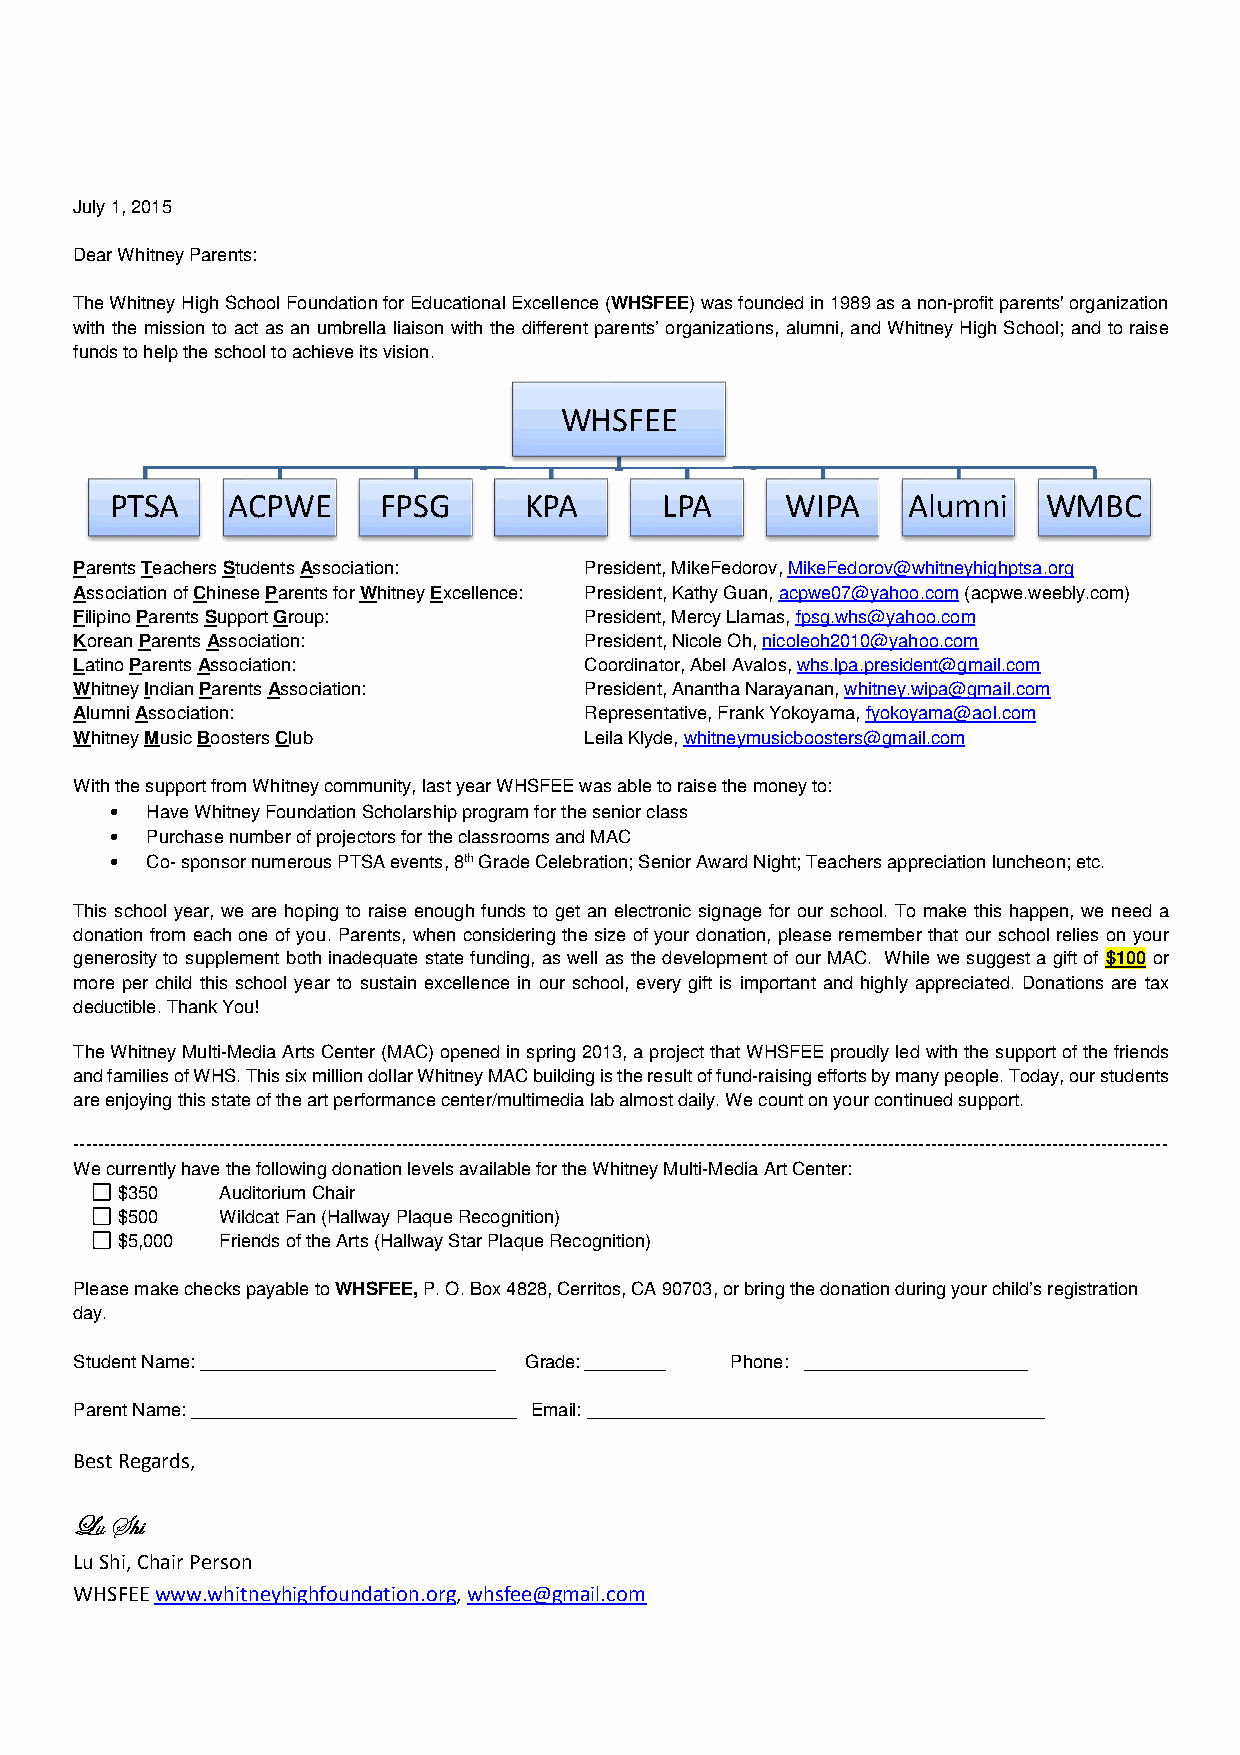
July 1, 2015
 Dear Whitney Parents:
 The Whitney High School Foundation for Educational Excellence (WHSFEE) was founded in 1989 as a non-profit parents' organization
 with the mission to act as an umbrella liaison with the different parents’ organizations, alumni, and Whitney High School; and to raise
 funds to help the school to achieve its vision.
 WHSFEE
 PTSA    ACPWE     FPSG      KPA      LPA     WIPA    Alumni   WMBC
 Parents Teachers Students Association: President, MikeFedorov, MikeFedorov@whitneyhighptsa.org
 Association of Chinese Parents for Whitney Excellence: President, Kathy Guan, acpwe07@yahoo.com (acpwe.weebly.com)
 Filipino Parents Support Group:   President, Mercy Llamas, fpsg.whs@yahoo.com
 Korean Parents Association:       President, Nicole Oh, nicoleoh2010@yahoo.com
 Latino Parents Association:       Coordinator, Abel Avalos, whs.lpa.president@gmail.com
 Whitney Indian Parents Association: President, Anantha Narayanan, whitney.wipa@gmail.com
 Alumni Association:               Representative, Frank Yokoyama, fyokoyama@aol.com
 Whitney Music Boosters Club       Leila Klyde, whitneymusicboosters@gmail.com
 With the support from Whitney community, last year WHSFEE was able to raise the money to:
 •  Have Whitney Foundation Scholarship program for the senior class
 •  Purchase number of projectors for the classrooms and MAC
 •  Co- sponsor numerous PTSA events, 8th Grade Celebration; Senior Award Night; Teachers appreciation luncheon; etc.
 This school year, we are hoping to raise enough funds to get an electronic signage for our school. To make this happen, we need a
 donation from each one of you. Parents, when considering the size of your donation, please remember that our school relies on your
 generosity to supplement both inadequate state funding, as well as the development of our MAC. While we suggest a gift of $100 or
 more per child this school year to sustain excellence in our school, every gift is important and highly appreciated. Donations are tax
 deductible. Thank You!
 The Whitney Multi-Media Arts Center (MAC) opened in spring 2013, a project that WHSFEE proudly led with the support of the friends
 and families of WHS. This six million dollar Whitney MAC building is the result of fund-raising efforts by many people. Today, our students
 are enjoying this state of the art performance center/multimedia lab almost daily. We count on your continued support.
 ------------------------------------------------------------------------------------------------------------------------------------------------------------------------------------
 We currently have the following donation levels available for the Whitney Multi-Media Art Center:
 $350   Auditorium Chair
 $500   Wildcat Fan (Hallway Plaque Recognition)
 $5,000 Friends of the Arts (Hallway Star Plaque Recognition)
 Please make checks payable to WHSFEE, P. O. Box 4828, Cerritos, CA 90703, or bring the donation during your child’s registration
 day.
 Student Name: _____________________________ Grade: ________ Phone: ______________________
 Parent Name: ________________________________ Email: _____________________________________________
 Best Regards,
 ____ââââ ffff{{{{||||
 Lu Shi, Chair Person
 WHSFEE www.whitneyhighfoundation.org, whsfee@gmail.com